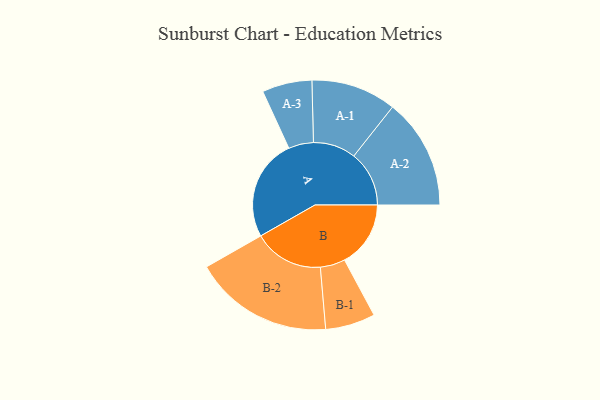
{"axis": {"x": "Segment", "y": "Value"}, "legend": ["", "A", "B"], "data": [{"x": "A", "y": 432, "type": ""}, {"x": "B", "y": 281, "type": ""}, {"x": "A-1", "y": 181, "type": "A"}, {"x": "A-2", "y": 235, "type": "A"}, {"x": "A-3", "y": 106, "type": "A"}, {"x": "B-1", "y": 106, "type": "B"}, {"x": "B-2", "y": 297, "type": "B"}]}